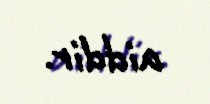
aiddir.